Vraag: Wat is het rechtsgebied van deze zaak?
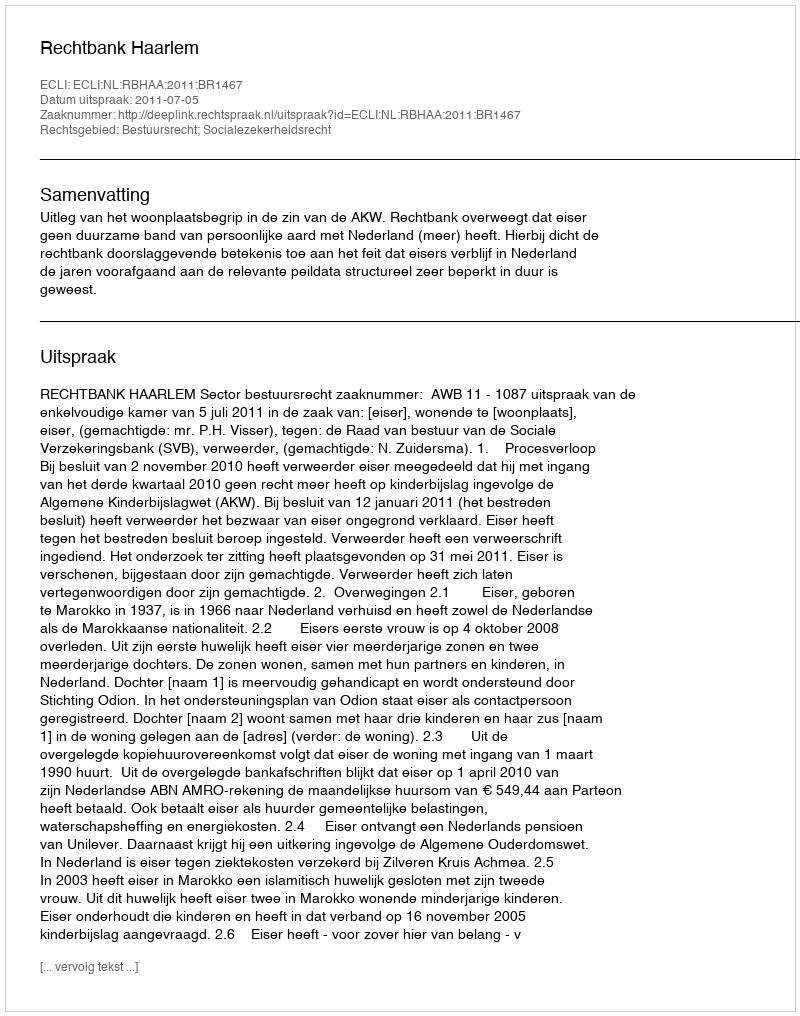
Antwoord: Bestuursrecht; Socialezekerheidsrecht